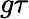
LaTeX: g\tau